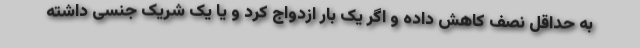
به حداقل نصف کاهش داده و اگر یک بار ازدواج کرد و یا یک شریک جنسی داشته